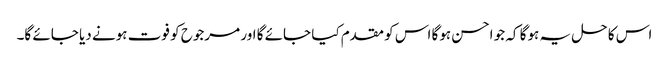
اس کا حل یہ ہوگا کہ جو احسن ہوگا اس کو مقدم کیا جائے گا اور مرجوح کو فوت ہونے دیا جائے گا۔